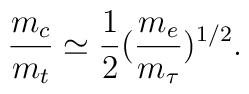
\frac{m_c}{m_t}\simeq \frac{1}{2}(\frac{m_e}{m_\tau})^{1/2}.